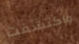
واكتشفت